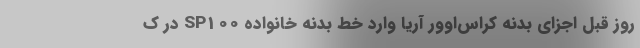
روز قبل اجزای بدنه کراس‌اوور آریا وارد خط بدنه خانواده SP100 در ک